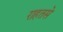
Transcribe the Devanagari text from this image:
राहतसे